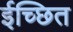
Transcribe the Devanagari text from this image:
ईच्छित